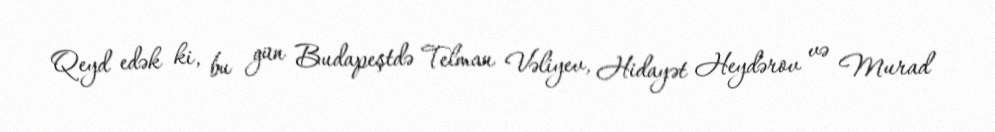
Qeyd edək ki, bu gün Budapeştdə Telman Vəliyev, Hidayət Heydərov və Murad